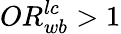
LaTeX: OR_{wb}^{lc}>1